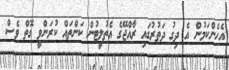
އެހެންކަމުން އެ ދިގު ދަތުރުގައި ރާއްޖޭގެ އެތުލީޓުން ކަންތައް ކުރަންވީ ގޮތް ވެސް